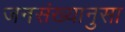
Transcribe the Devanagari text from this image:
जनसंख्यानुसा